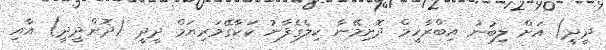
ދީދީ) އަށް ލިބުނު އިބްރާހީމް ދޮށިމޭނާ ކިލެގެފާނު ކަކާގޭމަރިޔަމް ދީދީ (ދޮންދީދީ) އާއި